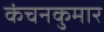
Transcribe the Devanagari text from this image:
कंचनकुमार